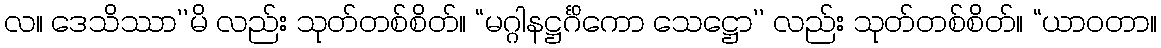
လ။ ဒေသိဿာ’’မိ လည်း သုတ်တစ်စိတ်။ “မဂ္ဂါနဋ္ဌင်္ဂိကော သေဋ္ဌော’’ လည်း သုတ်တစ်စိတ်။ “ယာဝတာ။